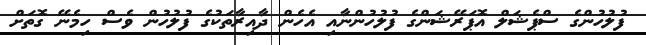
ފުލުހުންގެ ސްޕެޝަލް އޮޕަރޭޝަންގެ ފުލުހުންނާއި އެހެން ދާއިރާތަކުގެ ފުލުހުން ވެސް ހިމެނޭ ގޮތަށް